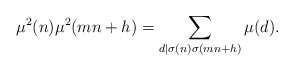
\begin{align*}\mu^2(n)\mu^2(mn+h)=\sum_{d\mid \sigma(n)\sigma(mn+h)}\mu(d).\end{align*}